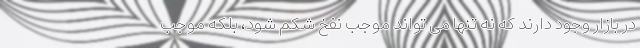
در بازار وجود دارند که نه تنها می تواند موجب نفخ شکم شود، بلکه موجب